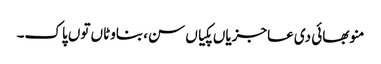
منو بھائی دی عاجزیاں پکیاں سن، بناوٹاں توں پاک۔